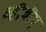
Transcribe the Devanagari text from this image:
व्हीबीए